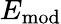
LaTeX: E_{\mathrm{mod}}